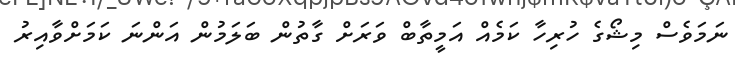
ނަމަވެސް މިޝޯގެ ހުރިހާ ކަމެއް އަމީތާބް ވަރަށް ގާތުން ބަލަމުން އަންނަ ކަމަށްވާއިރު